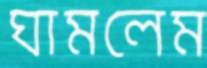
ঘামলেম